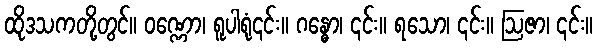
ထိုဒသကတို့တွင်။ ဝဏ္ဏော၊ ရူပါရုံ၎င်း။ ဂန္ဓော၊ ၎င်း။ ရသော၊ ၎င်း။ ဩဇာ၊ ၎င်း။